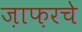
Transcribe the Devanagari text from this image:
ज़ाफ़रचे